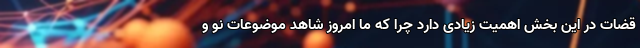
قضات در این بخش اهمیت زیادی دارد چرا که ما امروز شاهد موضوعات نو و